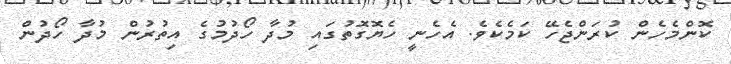
ކޮންމެހެން ކުރަންޖެހޭ ކަމެކެވެ. އެހެނީ ހެޔޮގޮތުގައި މުދާ ހޯދުމުގެ އިތުރުން މުދާ ހޯދުން